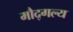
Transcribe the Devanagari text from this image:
मौद्गल्य